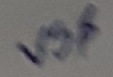
Text: VS$